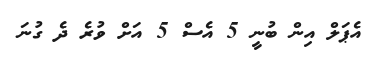
އެޕަލް އިން ބުނީ 5 އެސް 5 އަށް ވުރެ ދެ ގުނަ